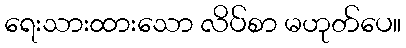
ရေးသားထားသော လိပ်စာ မဟုတ်ပေ။